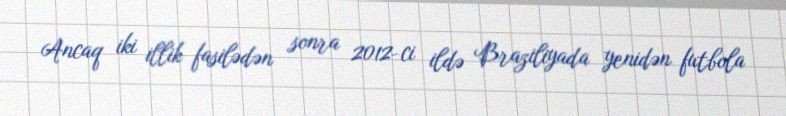
Ancaq iki illik fasilədən sonra 2012-ci ildə Braziliyada yenidən futbola